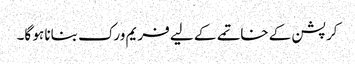
کرپشن کے خاتمے کے لیے فریم ورک بنانا ہو گا۔